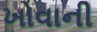
ખોવાની